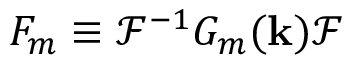
F _ { m } \equiv \mathcal { F } ^ { - 1 } G _ { m } ( \mathbf { k } ) \mathcal { F }